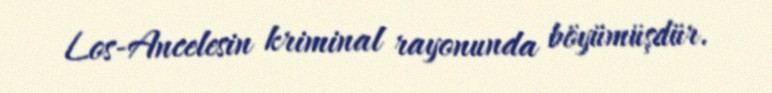
Los-Ancelesin kriminal rayonunda böyümüşdür.